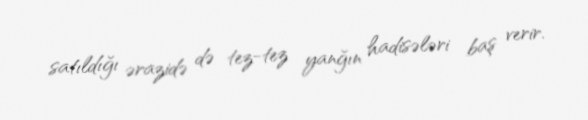
satıldığı ərazidə də tez-tez yanğın hadisələri baş verir.